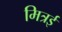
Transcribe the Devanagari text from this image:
मित्रई